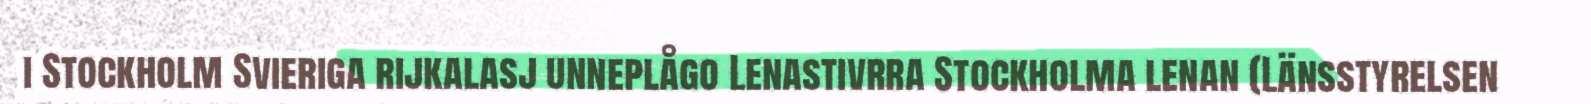
i Stockholm Svieriga rijkalasj unneplågo Lenastivrra Stockholma lenan (Länsstyrelsen